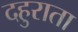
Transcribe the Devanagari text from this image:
दहुराता